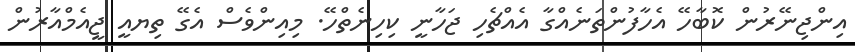
އިންޖިނޭރުން ކޮބާހޭ އެހާފުންތަނެއްގާ އެއްޗެހި ޖަހާނީ ކިހިނެތްހޭ. މިއިންވެސް އެގޭ ތިޔއީ ޖީއެމްއާރުން